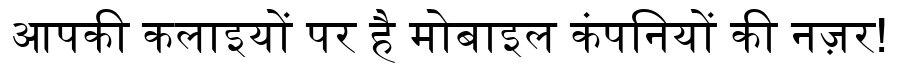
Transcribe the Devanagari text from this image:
आपकी कलाइयों पर है मोबाइल कंपनियों की नज़र!